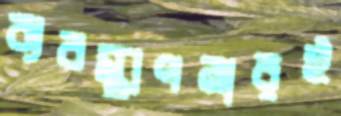
ব্যবস্থাপনারই